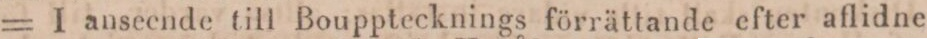
= I anseende till Boupptecknings förrättande efter aflidne